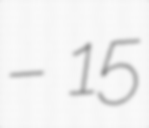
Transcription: – 15